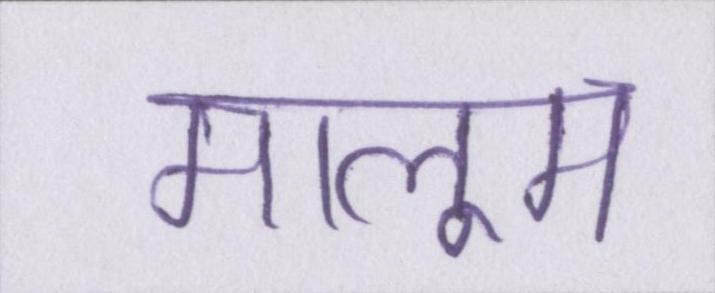
मालूम